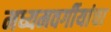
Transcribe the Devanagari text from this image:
मध्यमवर्गीयांचा